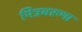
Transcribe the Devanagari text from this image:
मित्रवरुणा